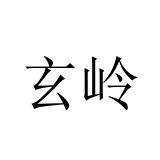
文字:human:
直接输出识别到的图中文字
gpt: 玄岭